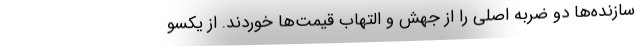
سازنده‌ها دو ضربه اصلی را از جهش و التهاب قیمت‌ها خوردند. از یکسو